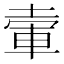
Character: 𡍦